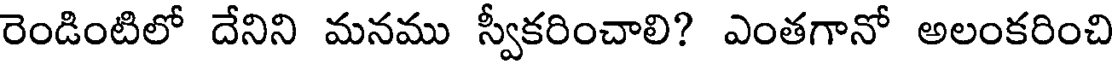
రెండింటిలో దేనిని మనము స్వీకరించాలి? ఎంతగానో అలంకరించి